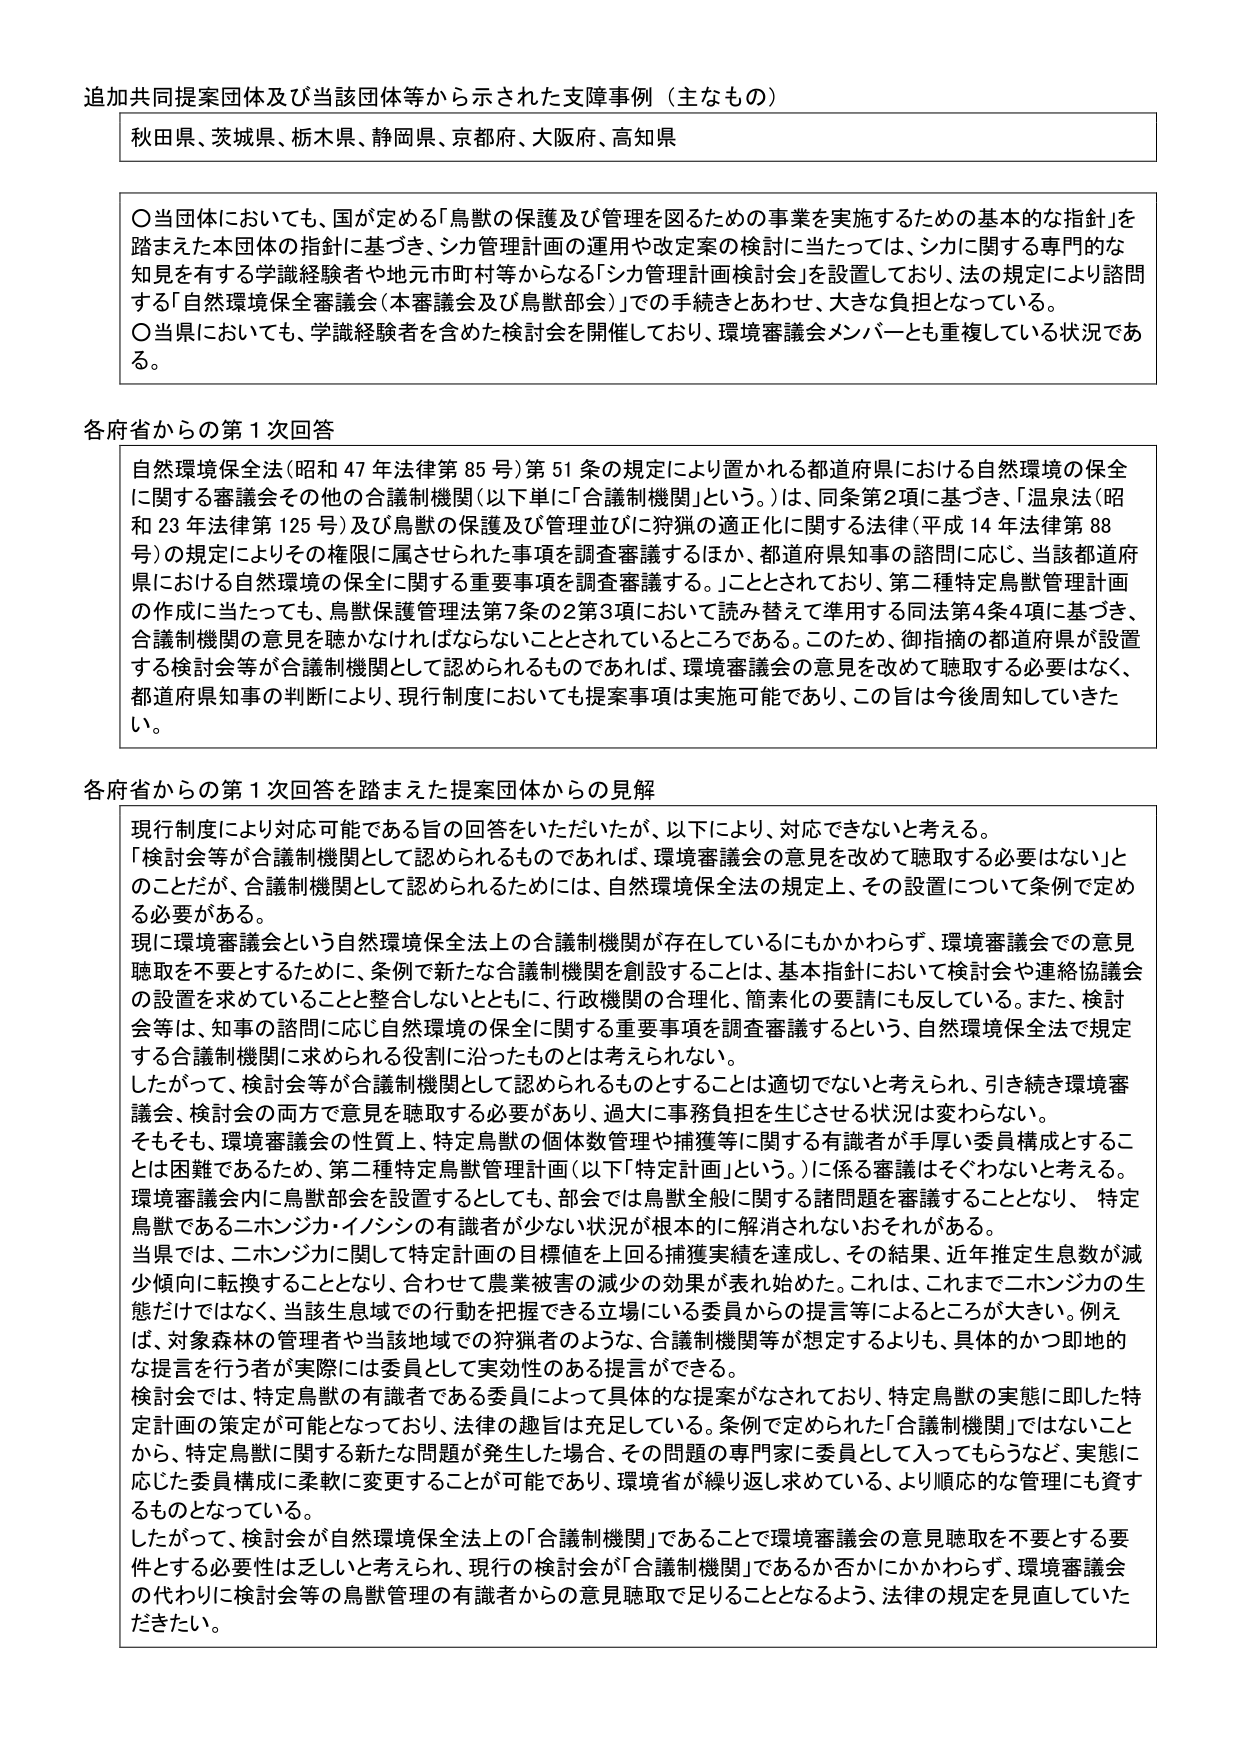
追加共同提案団体及び当該団体等から示された支障事例（主なもの）

秋田県、茨城県、栃木県、静岡県、京都府、大阪府、高知県

〇当団体においても、国が定める「鳥獣の保護及び管理を図るための事業を実施するための基本的な指針」を踏まえた本団体の指針に基づき、シカ管理計画の運用や改定案の検討に当たっては、シカに関する専門的な知見を有する学識経験者や地元市町村等からなる「シカ管理計画検討会」を設置しており、法の規定により諮問する「自然環境保全審議会（本審議会及び鳥獣部会）」での手続きとあわせ、大きな負担となっている。

〇当県においても、学識経験者を含めた検討会を開催しており、環境審議会メンバーとも重複している状況である。

各府省からの第1次回答

自然環境保全法（昭和47年法律第85号）第51条の規定により置かれる都道府県における自然環境の保全に関する審議会その他の合議制機関（以下単に「合議制機関」という。）は、同条第2項に基づき、「温泉法（昭和23年法律第125号）及び鳥獣の保護及び管理並びに狩猟の適正化に関する法律（平成14年法律第88号）の規定によりその権限に属させられた事項を調査審議するほか、都道府県知事の諮問に応じ、当該都道府県における自然環境の保全に関する重要事項を調査審議する。」こととされており、第二種特定鳥獣管理計画の作成に当たっても、鳥獣保護管理法第7条の2第3項において読み替えて準用する同法第4条4項に基づき、合議制機関の意見を聴かなければならないこととされているところである。このため、御指摘の都道府県が設置する検討会等が合議制機関として認められるものであれば、環境審議会の意見を改めて聴取する必要はなく、都道府県知事の判断により、現行制度においても提案事項は実施可能であり、この旨は今後周知していきたい。

各府省からの第1次回答を踏まえた提案団体からの見解

現行制度により対応可能である旨の回答をいただいたが、以下により、対応できないと考える。

「検討会等が合議制機関として認められるものであれば、環境審議会の意見を改めて聴取する必要はない」とのことだが、合議制機関として認められるためには、自然環境保全法の規定上、その設置について条例で定める必要がある。

現に環境審議会という自然環境保全法上の合議制機関が存在しているにもかかわらず、環境審議会での意見聴取を不要とするために、条例で新たな合議制機関を創設することは、基本指針において検討会や連絡協議会の設置を求めていることと整合しないとともに、行政機関の合理化、簡素化の要請にも反している。また、検討会等は、知事の諮問に応じ自然環境の保全に関する重要事項を調査審議するという、自然環境保全法で規定する合議制機関に求められる役割に沿ったものとは考えられない。

したがって、検討会等が合議制機関として認められるものとすることは適切でないと考えられ、引き続き環境審議会、検討会の両方で意見を聴取する必要があり、過大に事務負担を生じさせる状況は変わらない。

そもそも、環境審議会の性質上、特定鳥獣の個体数管理や捕獲等に関する有識者が手厚い委員構成とすることは困難であるため、第二種特定鳥獣管理計画（以下「特定計画」という。）に係る審議はそぐわないと考える。環境審議会内に鳥獣部会を設置するとしても、部会では鳥獣全般に関する諸問題を審議することとなり、特定鳥獣であるニホンジカ・イノシシの有識者が少ない状況が根本的に解消されないおそれがある。

当県では、ニホンジカに関して特定計画の目標値を上回る捕獲実績を達成し、その結果、近年推定生息数が減少傾向に転換することとなり、合わせて農業被害の減少の効果が表れ始めた。これは、これまでニホンジカの生態だけではなく、当該生息域での行動を把握できる立場にある委員からの提言等によるところが大きい。例えば、対象森林の管理者や当該地域での狩猟者のような、合議制機関等が想定するよりも、具体的かつ即地的な提言を行う者が実際には委員として実効性のある提言ができる。

検討会では、特定鳥獣の有識者である委員によって具体的な提案がなされており、特定鳥獣の実態に即した特定計画の策定が可能となっており、法律の趣旨は充足している。条例で定められた「合議制機関」ではないことから、特定鳥獣に関する新たな問題が発生した場合、その問題の専門家に委員として入ってもらうなど、実態に応じた委員構成に柔軟に変更することが可能であり、環境省が繰り返し求めている、より順応的な管理にも資するものとなっている。

したがって、検討会が自然環境保全法上の「合議制機関」であることで環境審議会の意見聴取を不要とする要件とする必要性は乏しいと考えられ、現行の検討会が「合議制機関」であるか否かにかかわらず、環境審議会の代わりに検討会等の鳥獣管理の有識者からの意見聴取で足りることとなるよう、法律の規定を見直していただきたい。